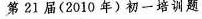
第21届(2010年)初一培训题